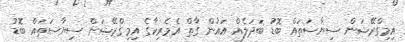
އިމިގްރޭޝަން ސިޔާސަތައް ބޮޑު ބަދަލެއް އައުން ގާތް އެމެރިކާގެ އިމިގްރޭޝަން ސިޔާސަތައް ބޮޑު